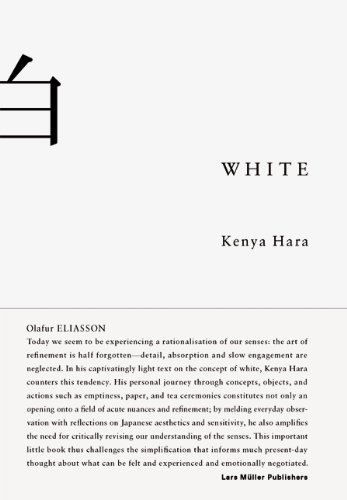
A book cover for White; Kenya Hara; Politics & Social Sciences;